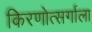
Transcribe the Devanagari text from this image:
किरणोत्सर्गाला